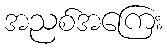
အညစ်အကြေး